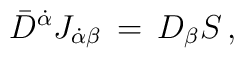
\bar D^{\dot \alpha} J_{\dot \alpha \beta} \, = \, D_\beta S \, ,